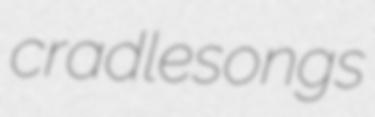
cradlesongs